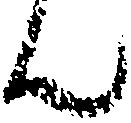
ん